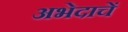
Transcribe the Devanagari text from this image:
अभेदाचें